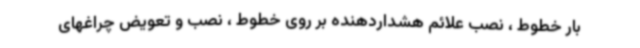
بار خطوط ، نصب علائم هشداردهنده بر روی خطوط ، نصب و تعویض چراغهای